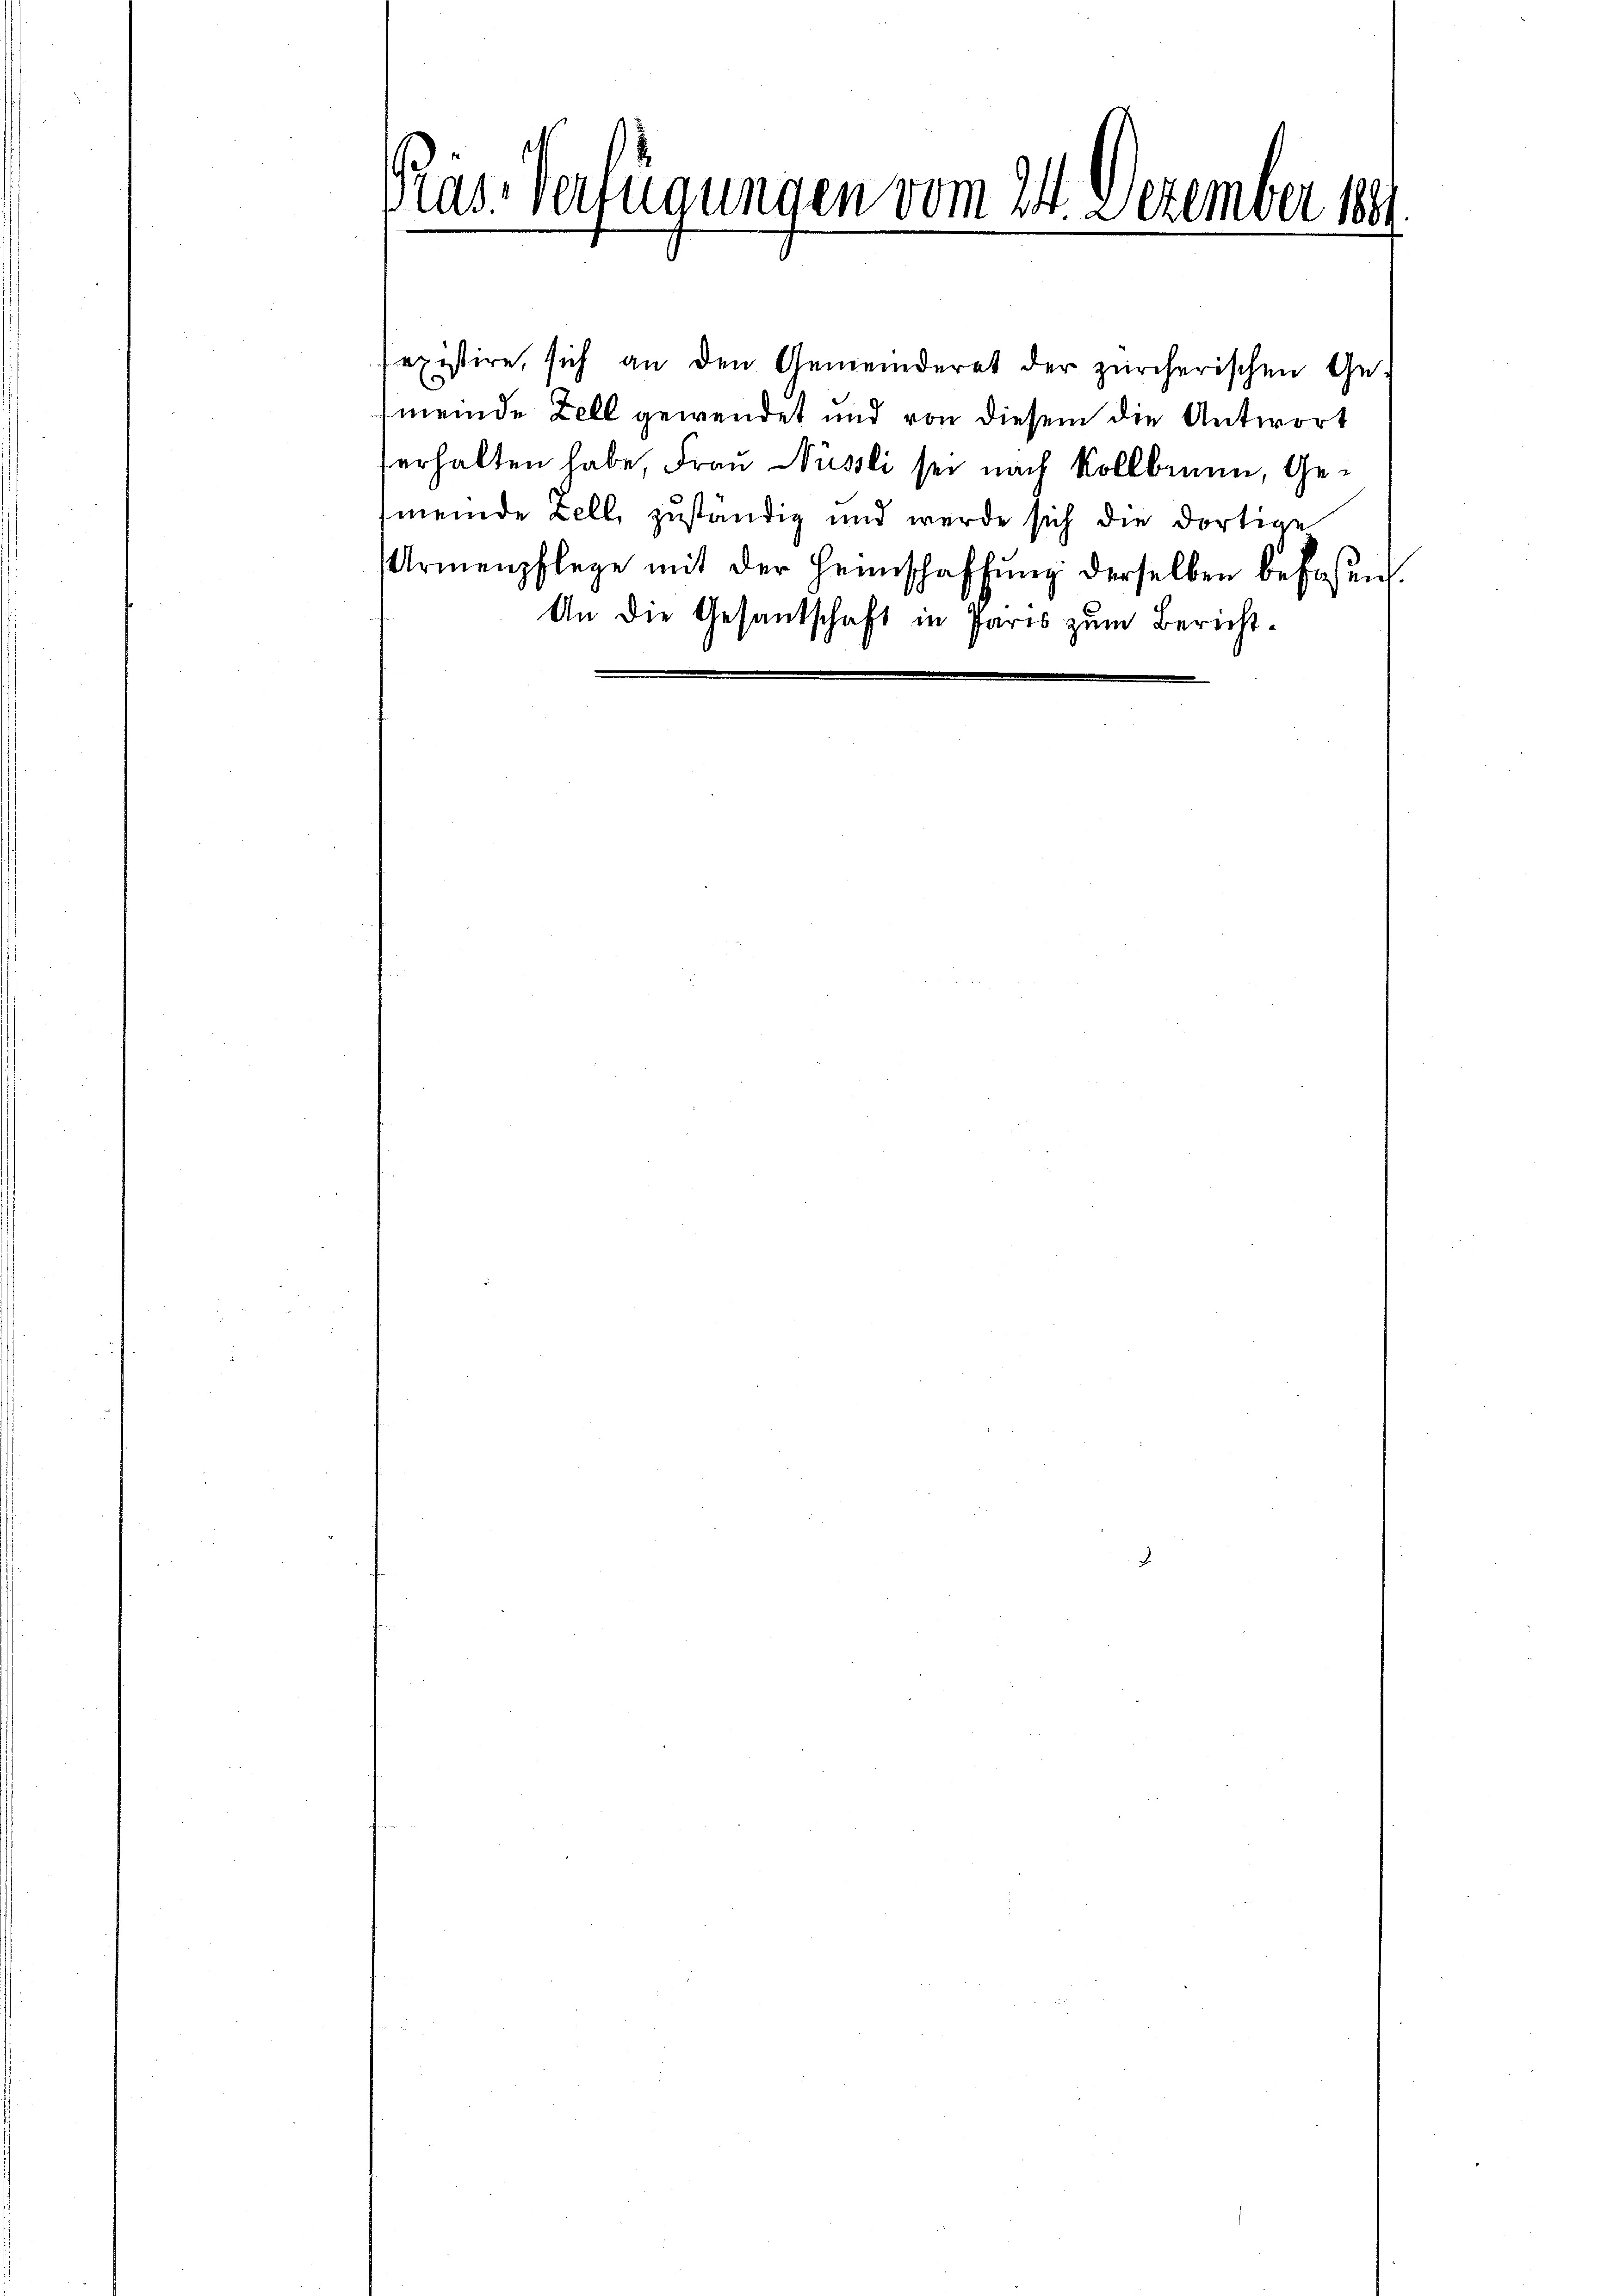
Präs. Verfügungen vom 24. Dezember 189

sexistire, sich an den Gemeinderet der zürcherischen Ge-
meinde Zell gewendet und von diesem die Antwort
serhalten habe, Frau Nüssli sei nach Kollbrunn, Gemeinde Zell, zuständig und werde sich die dortige
Armenpflege mit der Heimschaffung derselben befaßen.
An die Gesandschaft in Paris zum Bericht¬